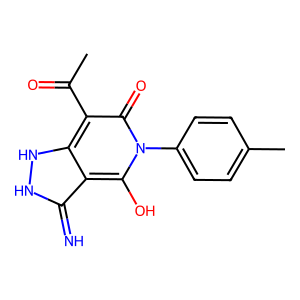
SMILES: CC(=O)c1c(=O)n(-c2ccc(C)cc2)c(O)c2c(=N)[nH][nH]c12
Inhibits HIV replication: Yes